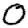
Digit: 0